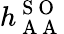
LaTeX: h_{\mathrm{~A~A~}}^{\mathrm{~S~O~}}